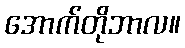
အောက်တိုဘာလ။